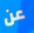
عن